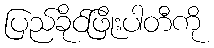
ပြည်ခိုင်ဖြိုးပါတီကို